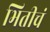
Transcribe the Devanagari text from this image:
भितीचं